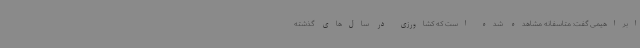
ابراهیمی گفت: متاسفانه مشاهده شده است که کشاورزی در سال‌های گذشته